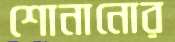
শোনানোর